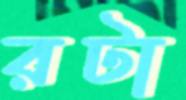
রটা